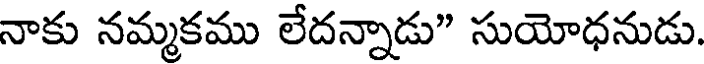
నాకు నమ్మకము లేదన్నాడు" సుయోధనుడు.